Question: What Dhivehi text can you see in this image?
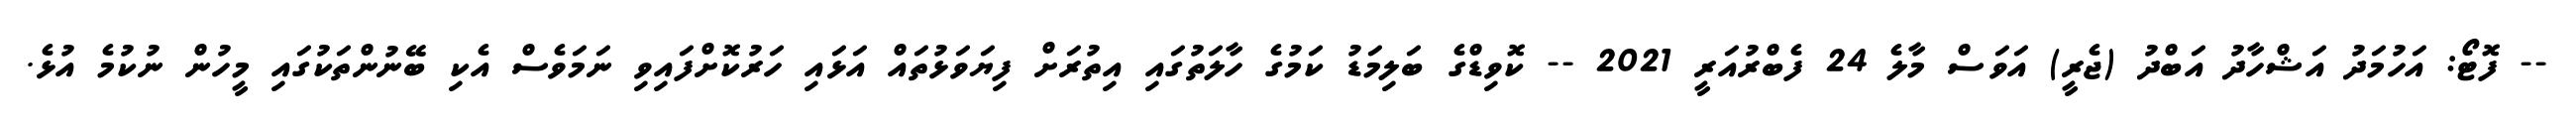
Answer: -- ފޮޓޯ: އަހުމަދު އަޝްހާދު އަބްދު (ޖެރީ) އަވަސް މާލެ 24 ފެބްރުއަރީ 2021 -- ކޮވިޑްގެ ބަލިމަޑު ކަމުގެ ހާލަތުގައި އިތުރަށް ފިޔަވަޅުތައް އަޅައި ހަރުކޮށްފައިވި ނަމަވެސް އެކި ބޭނުންތަކުގައި މީހުން ނުކުމެ އުޅެ.